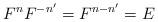
LaTeX: \begin{align*}F^n F^{-n'}=F^{n-n'}=E\end{align*}